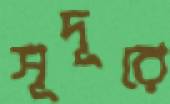
সূদূরে